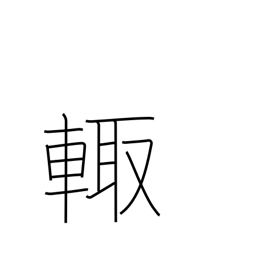
Meaning: sides of chariot were weapons